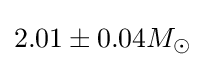
2.01\pm 0.04M_{\odot }